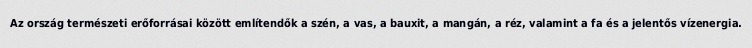
Az ország természeti erőforrásai között említendők a szén, a vas, a bauxit, a mangán, a réz, valamint a fa és a jelentős vízenergia.